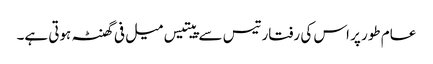
عام طور پر اس کی رفتار تیس سے پیتیس میل فی گھنٹہ ہوتی ہے۔